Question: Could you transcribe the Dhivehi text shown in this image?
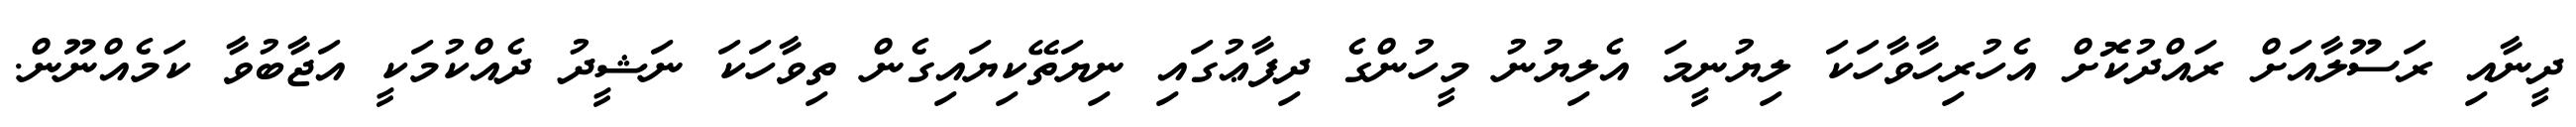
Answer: ދީނާއި ރަސޫލާއަށް ރައްދުކޮށް އެހުރިހާވާހަކަ ލިޔުނީމަ އެލިޔުނު މީހުންގެ ދިފާޢުގައި ނިޔަތޭކިޔައިގެން ތިވާހަކަ ނަޝީދު ދެއްކުމަކީ އަޖާބުވާ ކަމެއްނޫން.